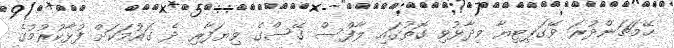
ހޭމަޗަންދުރަ ވޭގަޕިޓިޔާ ވިދާޅުވި ގޮތުގައި ލާފްސް ގޭސްގެ ވިޔަފާރި ދެ ގައުމަކަށް ފުޅާކުރުމުގެ